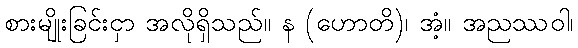
စားမျိုးခြင်းငှာ အလိုရှိသည်။ န (ဟောတိ)၊ အံ့။ အညဿဝါ၊